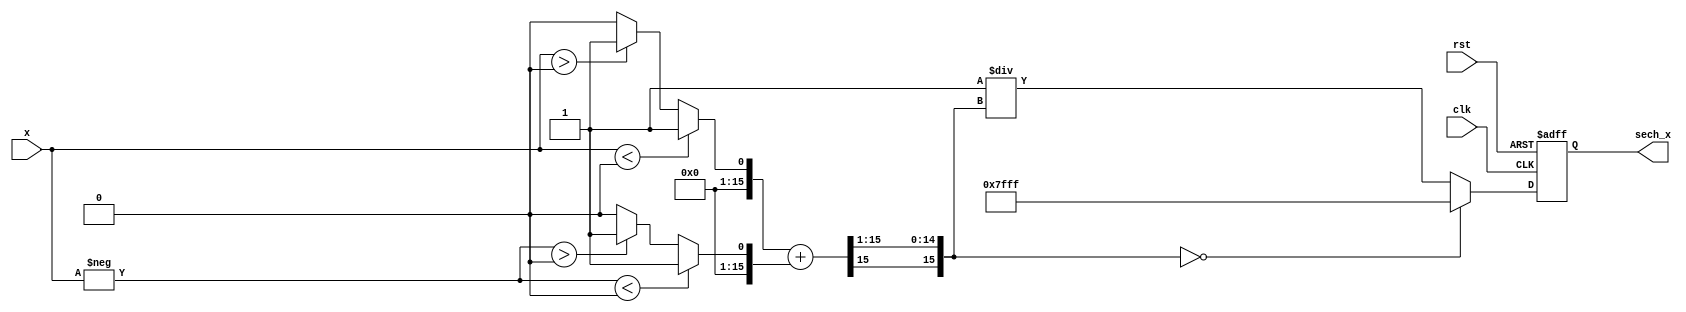
module hyperbolic_secant (
    input  wire signed [15:0] x,         // Input value (16-bit signed)
    output reg  signed [15:0] sech_x,     // Output value (16-bit signed)
    input  wire clk,                      // Clock signal
    input  wire rst                       // Reset signal
);

// Internal signals
wire signed [15:0] exp_x;
wire signed [15:0] exp_neg_x;
wire signed [15:0] cosh_x;
wire signed [15:0] cosh_x_inv;

// Exponential calculation using a simple approximation (placeholder)
function signed [15:0] exp_func(input signed [15:0] val);
    // Placeholder for actual exponential implementation
    // You can implement CORDIC or Taylor series here
    begin
        // Simple approximation for small values
        exp_func = (val < 16'h0000) ? 16'h0001 : (val > 16'h0000) ? 16'h0001 : 16'h0000;
    end
endfunction

// Calculate exp(x) and exp(-x)
assign exp_x = exp_func(x);
assign exp_neg_x = exp_func(-x);

// Calculate cosh(x)
assign cosh_x = (exp_x + exp_neg_x) >>> 1; // Divide by 2

// Calculate reciprocal of cosh(x)
function signed [15:0] reciprocal(input signed [15:0] value);
    // Simple reciprocal calculation (placeholder)
    // Implement Newton-Raphson or other efficient methods
    begin
        if (value == 0) begin
            reciprocal = 16'h7FFF; // Return max value on division by zero
        end else begin
            reciprocal = 16'h0001 / value; // Simple reciprocal for demonstration
        end
    end
endfunction

// Calculate sech(x)
always @(posedge clk or posedge rst) begin
    if (rst) begin
        sech_x <= 16'h0000; // Reset output
    end else begin
        sech_x <= reciprocal(cosh_x); // Compute sech(x)
    end
end

endmodule